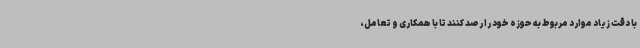
با دقت زیاد موارد مربوط به حوزه خود را رصد کنند تا با همکاری و تعامل،